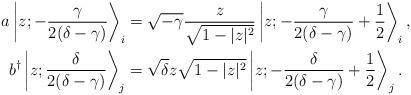
LaTeX: \begin{align*} a\left|z;-\frac{\gamma}{2(\delta-\gamma)}\right\rangle_i &= \sqrt{-\gamma} \frac{z}{\sqrt{1-|z|^2}} \left|z;-\frac{\gamma}{2(\delta-\gamma)}+\frac{1}{2}\right\rangle_i, \\ b^{\dagger}\left|z;\frac{\delta}{2(\delta-\gamma)}\right\rangle_j &= \sqrt{\delta} z\sqrt{1-|z|^2} \left|z;-\frac{\delta}{2(\delta-\gamma)}+\frac{1}{2}\right\rangle_j.\end{align*}